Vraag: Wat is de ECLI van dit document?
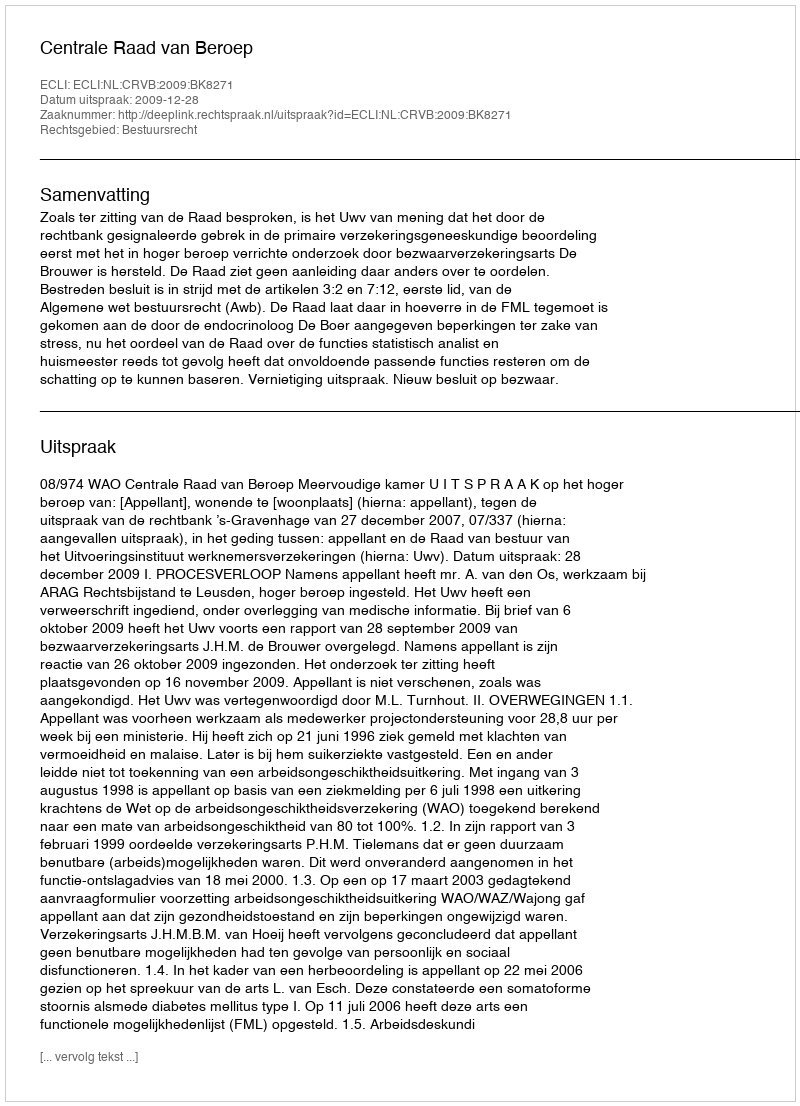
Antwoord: ECLI:NL:CRVB:2009:BK8271